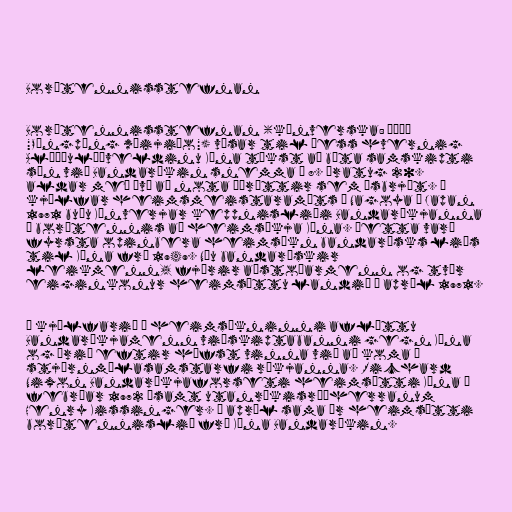
Borðtennisstefnan

Borðtennisstefnan (kínverska: 乒乓外交
"Pīngpāng wàijiāo") vísar til þess hvernig
Alþýðulýðveldinu Kína tókst að bæta samskipti
sín við Bandaríkin snemma á 8. áratug 20.
aldar með því að nota íþróttir sem ísbrjót. Í
kjölfar heimsmeistaramóts í Nagoya í Japan
1971 buðu Kínverjar keppnisliði Bandaríkjanna
í borðtennis að heimsækja Kína. Þetta varð
fyrsta opinbera heimsókn bandarísks liðs
til Kína frá 1949. Níu bandarískir
leikmenn, fjórir aðstoðarmenn og tvær
eiginkonur heimsóttu landið í apríl 1971.

Í kjölfarið á heimsókninni afléttu
Bandaríkjamenn viðskiptabanni gegn Kína
og árið eftir hófst vinna við að koma á
stjórnmálasamstarfi ríkjanna. Richard
Nixon Bandaríkjaforseti heimsótti Kína í
febrúar 1972 ásamt utanríkisráðherranum
Henry Kissinger. Í apríl sama ár heimsótti
borðtennislið frá Kína Bandaríkin.